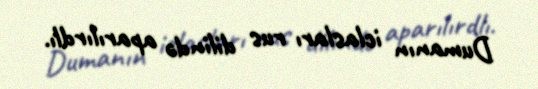
Dumanın iclasları rus dilində aparılırdlı.